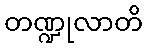
တဏ္ဍုလာတိ